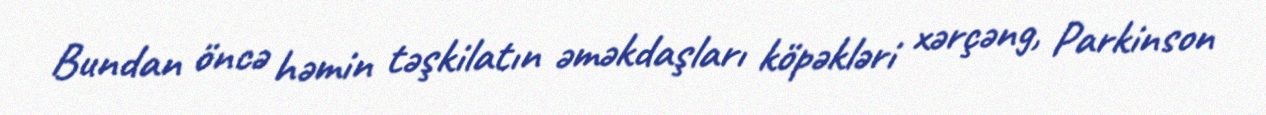
Bundan öncə həmin təşkilatın əməkdaşları köpəkləri xərçəng, Parkinson